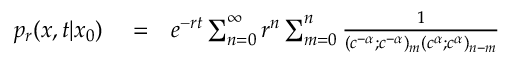
\begin{array} { r l r } { p _ { r } ( x , t | x _ { 0 } ) } & { { } = } & { e ^ { - r t } \sum _ { n = 0 } ^ { \infty } r ^ { n } \sum _ { m = 0 } ^ { n } \frac { 1 } { ( c ^ { - \alpha } ; c ^ { - \alpha } ) _ { m } ( c ^ { \alpha } ; c ^ { \alpha } ) _ { n - m } } } \end{array}